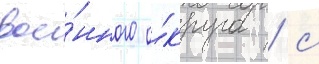
вое́нного о́круга / с